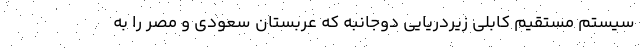
سیستم مستقیم کابلی زیردریایی دوجانبه که عربستان سعودی و مصر را به